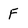
Character: F